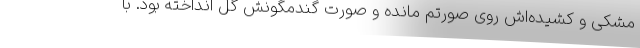
مشکی و کشیده‌اش روی صورتم مانده و صورت گندمگونش گل انداخته بود. با